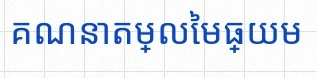
គណនាតម្លៃមធ្យម